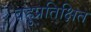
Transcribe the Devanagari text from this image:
बहुप्रतिक्षित